Medical and sanitary report of the native army of Bengal for the year
Year: 1876
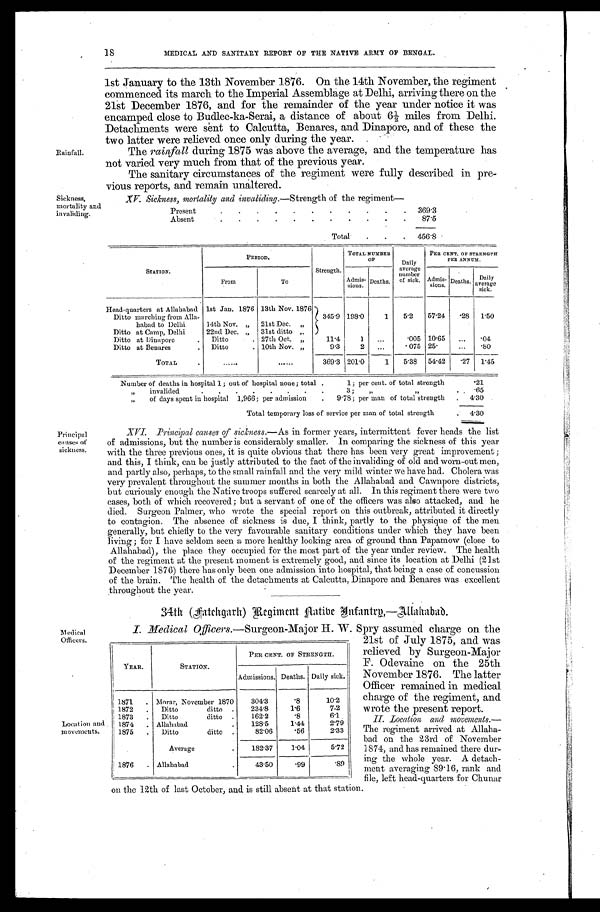
Rainfall.
18
MEDICAL AND SANITARY REPORT OF THE NATIVE ARMY OF BENGAL.
1st January to the 13th November 1876. On the 14th November, the regiment
commenced its march to the Imperial Assemblage at Delhi, arriving there on the
21st December 1876, and for the remainder of the year under notice it was
encamped close to Budlee-ka-Serai, a distance of about 6½ miles from Delhi.
Detachments were sent to Calcutta, Benares, and Dinapore, and of these the
two latter were relieved once only during the year.
The rainfall during 1875 was above the average, and the temperature has
not varied very much from that of the previous year.
The sanitary circumstances of the regiment were fully described in pre-
vious reports, and remain unaltered.
Sickness,
mortality and
invaliding.
XV. Sickness, mortality and invaliding.—Strength of the regiment—
Present
.
.
.
.
.
.
.
.
.
.
.
369.3
Absent
8 7 . 5
Total
.
.
.
456.8
Principal
causes of
sickness.
STATION.
PERIOD.
Strength.
TOTAL NUMBER
OF
Daily
average
number
of sick.
PER CENT. OF STRENGTH
PER ANNUM.
From
To
Admis-
sions.
Deaths.
Admis-
sions. Deaths. Daily
average
sick.
Head-quarters at Allababad 1st Jan. 1876 13th Nov. 1876
Ditto marching from Alla-
habad to Delhi
14th Nov. „
21st Dec. „
345.9 198.0
1
5.2
57.24 .28
1.50
Ditto at Camp, Delhi
22nd Dec. „
31st ditto „
Ditto at Dinapore
.
Ditto
. 27th Oct. „
11.4
1
...
.005 10.65
...
.04
Ditto at Benares
.
Ditto
. 10th Nov. „
9.3
2
. . . .075 25.
...
.80
TOTAL
.
......
......
369.3 201.0
1
5.38
54.42
.27
1.45
Number of deaths in hospital 1 ; out of hospital none ; total .
1; per cent. of total strength
.21
„
invalided
3;
„ „
.65
„
of days spent in hospital 1,966 ; per admission
.
9.78; per man of total strength
4.30
Total temporary loss of service per man of total strength
4.30
XVI. Principal causes of sickness. —As in former years, intermittent fever heads the list
of admissions, but the number is considerably smaller. In comparing the sickness of this year
with the three previous ones, it is quite obvious that there has been very great improvement ;
and this, I think, can be justly attributed to the fact of the invaliding of old and worn-out men,
and partly also, perhaps, to the small rainfall and the very mild winter we have had. Cholera was
very prevalent throughout the summer months in both the Allahabad and Cawnpore districts,
but curiously enough the Native troops suffered scarcely at all. In this regiment there were two
cases, both of which recovered ; but a servant of one of the officers was also attacked, and he
died. Surgeon Palmer, who wrote the special report on this outbreak, attributed it directly
to contagion. The absence of sickness is due, I think, partly to the physique of the men
generally, but chiefly to the very favourable sanitary conditions under which they have been
living ; for I have seldom seen a more healthy looking area of ground than Papamow (close to
Allahabad), the place they occupied for the most part of the year under review. The health
of the regiment at the present moment is extremely good, and since its location at Delhi (21st
December 1876) there has only been one admission into hospital, that being a case of concussion
of the brain. The health of the detachments at Calcutta, Dinapore and Benares was excellent
throughout the year.
Medical
Officers.
Location and
in movements.
34th (Fatehgarh) Regiment Native Infantry,—Allahabad.
I. Medical Officers.—Surgeon-Major H. W. Spry assumed charge on the
21st of July 1875, and was
relieved by Surgeon-Major
F. Odevaine on the 25th
November 1876. The latter
Officer remained in medical
charge of the regiment, and
wrote the present report.
II. Location and movements.—
The regiment arrived at Allaha
-bad on the 23rd of November
1874, and has remained there dur
-ing the whole year. A detach-
ment averaging 89.16, rank and
file, left head-quarters for Chunar
on the 12th of last October, and is still absent at that station.
YEAR.
STATION.
PER CENT. OF STRENGTH.
Admissions. Deaths. Daily sick.
1871
. Moray, November 1870
304.3
.8
10.2
1872
.
Ditto
ditto .
234.8
1.6
7.2
1873
.
Ditto
ditto .
162.2
.8
6.1
1874
. Allahabad
.
128.5
1.44
2.79
1875
.
Ditto
ditto .
82.06
.56
2.33
Average
.
182.37
1.04
5.72
1876
. Allahabad.
43.50
.99
. 8 9